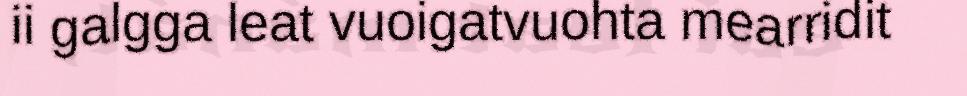
ii galgga leat vuoigatvuohta mearridit